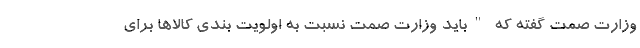
وزارت صمت گفته که "باید وزارت صمت نسبت به اولویت بندی کالاها برای